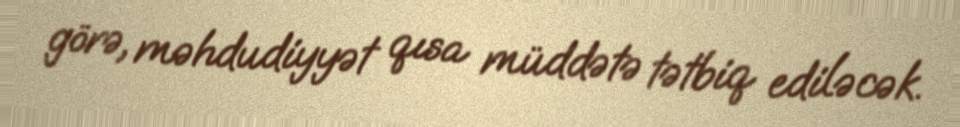
görə, məhdudiyyət qısa müddətə tətbiq ediləcək.